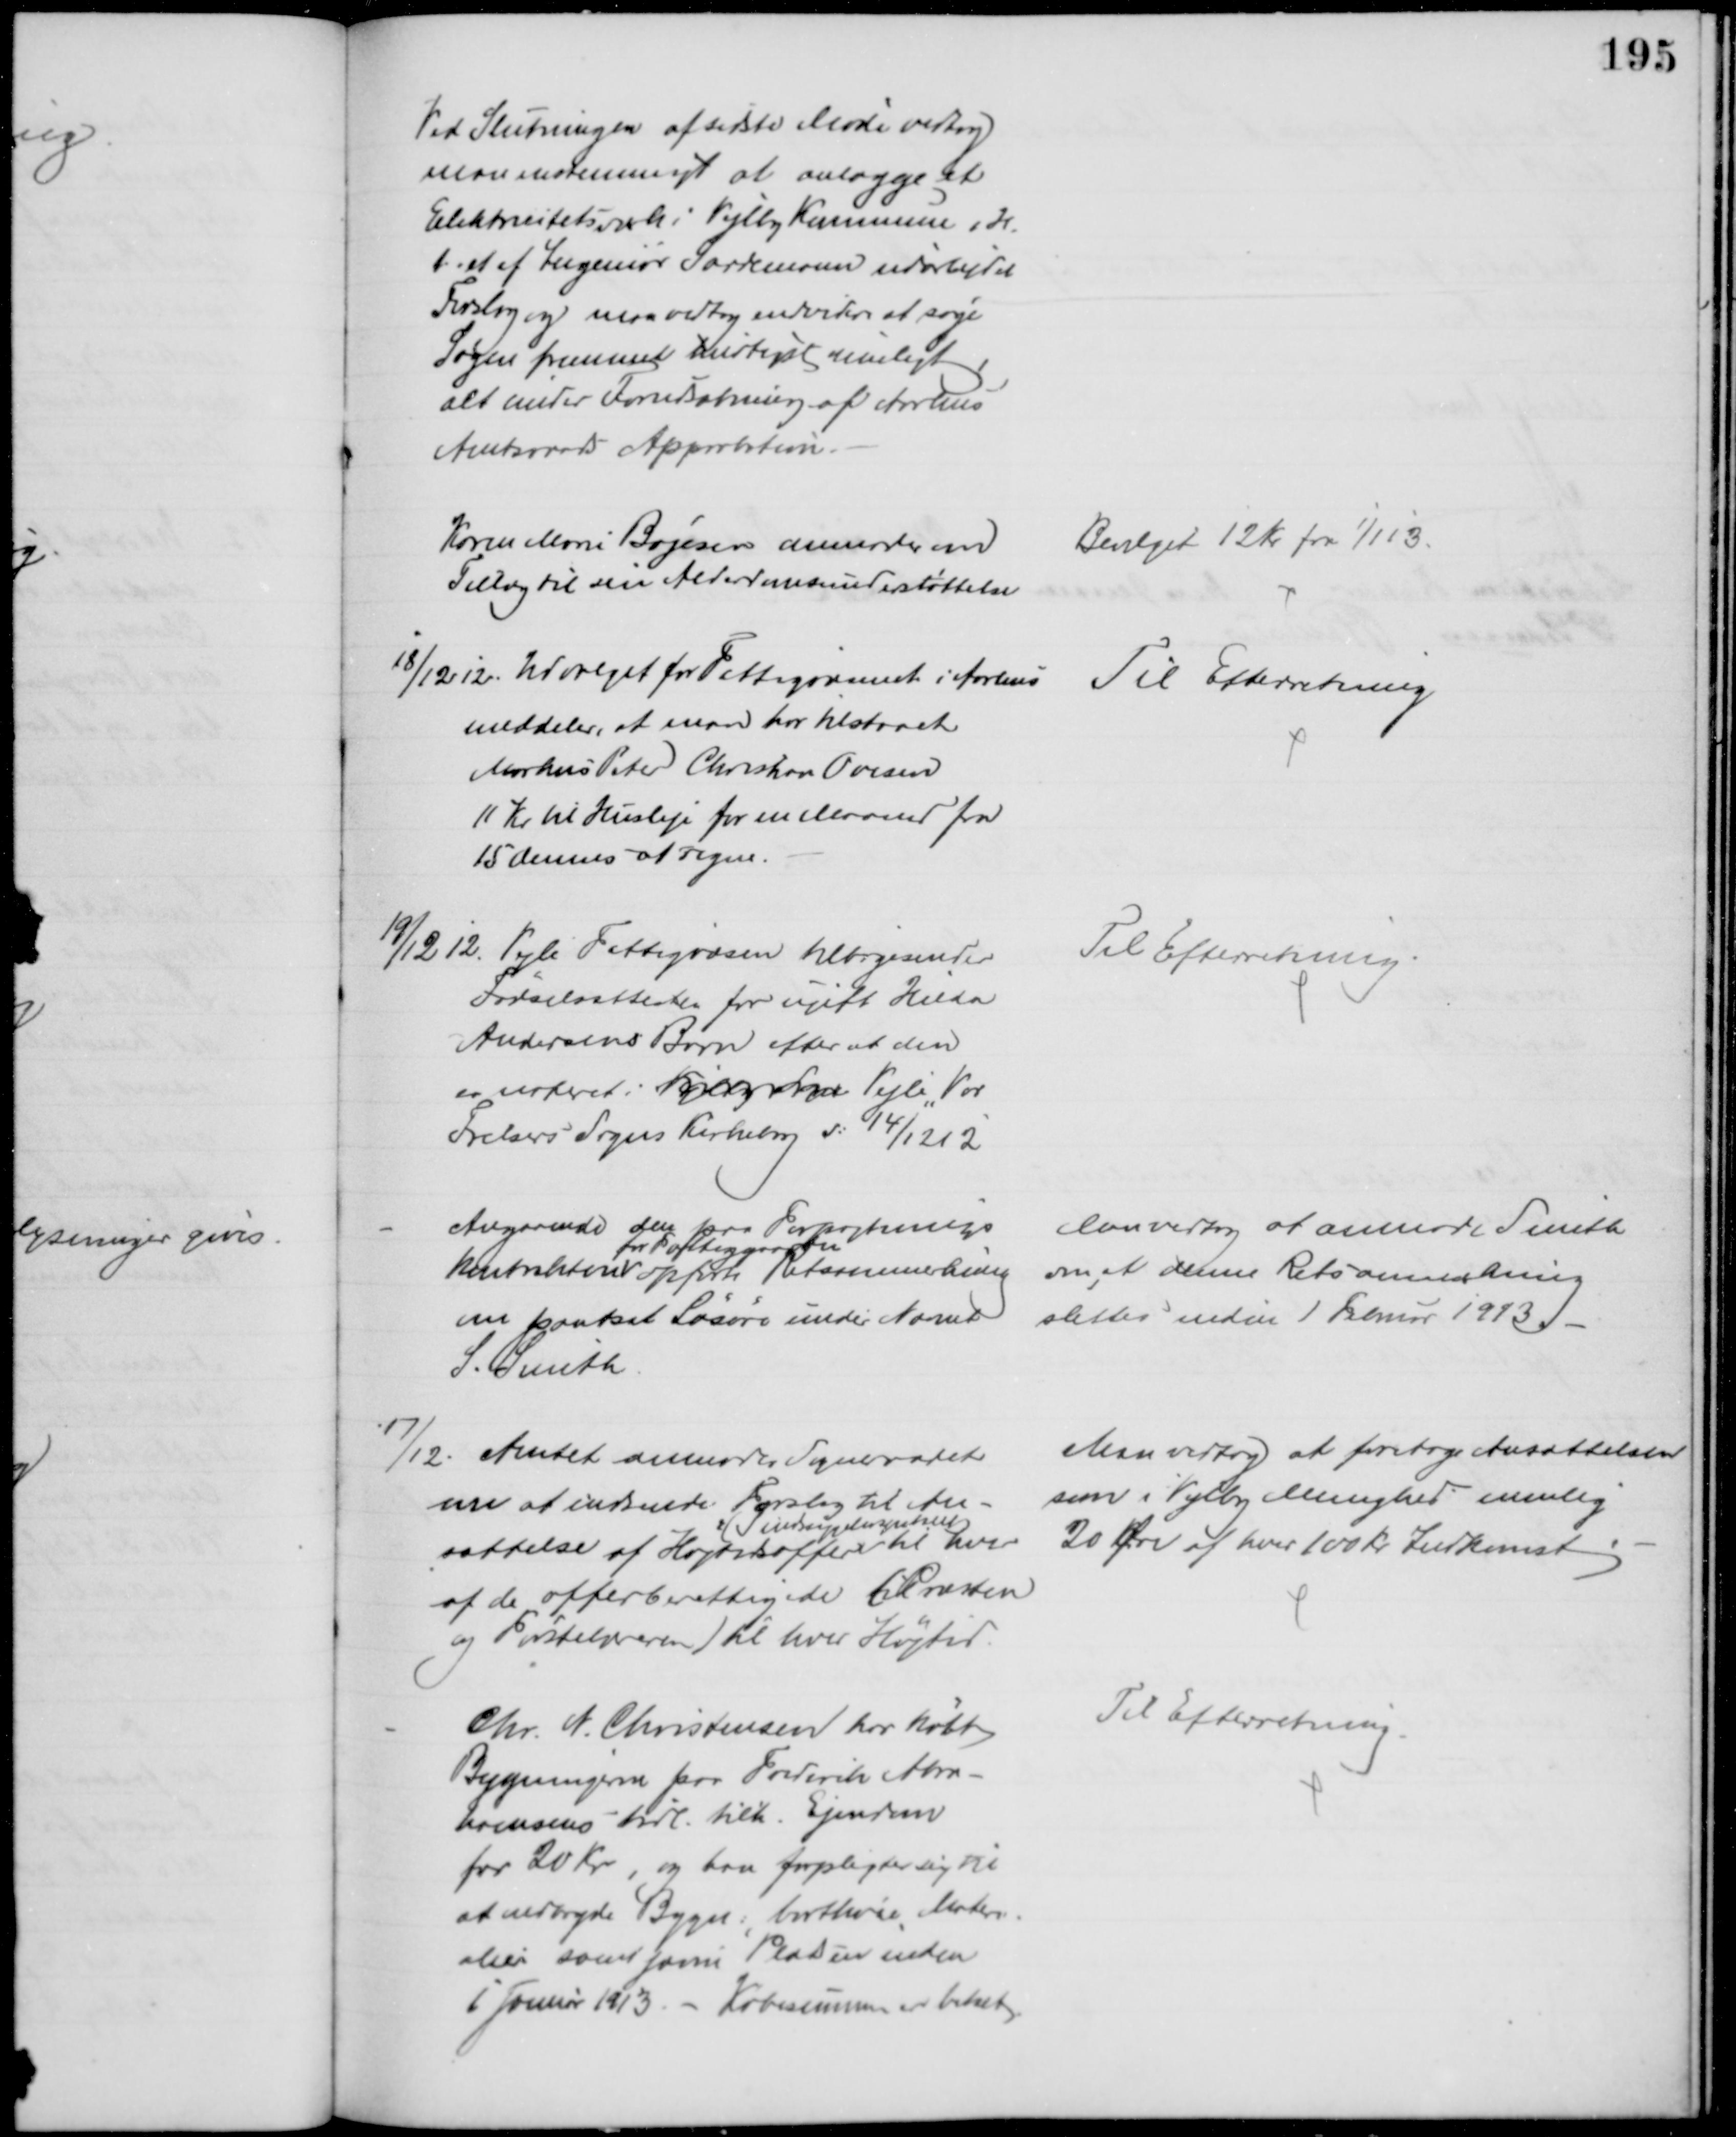
Transskription:
Ved Slutningen af sidste Møde vedtog
man enstemmigt at anlægge et
Elektricitetsværk i Vejlby Kommune i H.
t. et af Ingeniør Sardemann udarbejdet
Forslag og man vedtog endvidere at søge
Sagen fremmet hurtigst muligt
alt under Forudsætning af Aarhus
Amtsraads Approbation.
Karen Marie Bojesen anmoder om
Tillæg til sin Alderdomsunderstøttelse
Bevilget 12 Kr fra 1/1 13.
18/12 12. Udvalget for Fattigvæsnet i Aarhus 
meddeler, at man har tilstaaet
Markus Peter Christian Ovesen
11 Kr. til Husleje for en Maaned fra
15 dennes at regne.
Til Efterretning
19/12 12. Vejle Fattigvæsen tilbagesender
Fødselsattesten for ugift Hilda
Andersens Barn efter at den
er noteret i Vejlby Sogn Vejle "Vor
Frelsers Sogns Kirkebog d: 14/12 12
Til Efterretning
Angaaende den paa Forpagtnings
Kontrakten 
for Fattiggaarden
opførte Retsanmærkning
om pantsat Løsøre under Navnet
S. Smith
Man vedtog at anmode Smith
om at denne Retsanmærkning
slettes inden 1 Februar 1913.
17/12. Amtet anmoder Sogneraadet
om at indsende Forslag til An-
sættelse af Højtidsoffer
(Sindssygehospitalet)
til hver
af de offerberettigede (Præsten
og Førstelæreren) til hver Højtid.
Man vedtog at foretage Ansættelsen
som i Vejlby Menighed nemlig
20 Øre af hver 100 Kr Indkomst
Chr. N. Christensen har købt
Bygningerne paa Frederik Abra-
hamsens tidl. tilh. Ejendom
for 20 Kr, og han forpligter sig til
at nedbryde Bygn:, bortkøre Materi-
alier samt jævne Pladsen inden
6 Januar 1913. - Købesummen er betalt
Til Efterretning.